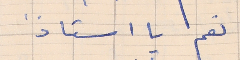
نعم يا استاذ